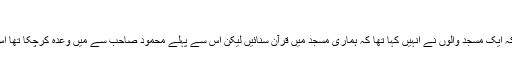
'
انہوں نے بتایا کہ ایک مسجد والوں نے انہیں کہا تھا کہ ہماری مسجد میں قرآن سنائیں لیکن اس سے پہلے محمود صاحب سے میں وعدہ کرچکا تھا اس لیے یہاں آگیا۔